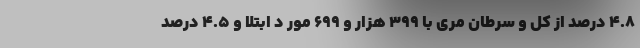
۴.۸ درصد از کل و سرطان مری با ۳۹۹ هزار و ۶۹۹ مور د ابتلا و ۴.۵ درصد